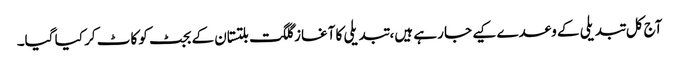
آج کل تبدیلی کے وعدے کیے جا رہے ہیں، تبدیلی کا آغاز گلگت بلتستان کے بجٹ کو کاٹ کر کیا گیا۔